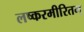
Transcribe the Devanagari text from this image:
लष्करमीरितम्